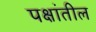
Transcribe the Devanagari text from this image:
पक्षांतील